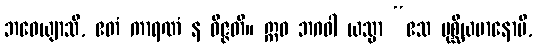
ဘဝေယျာသိ, ဧတံ ကာရဏံ န ဝိဇ္ဇတိ။ ဣဓ ဘဂဝါ ယသ္မာ “ဧသ ပုစ္ဆိယမာနောပိ,